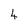
Character: 4